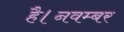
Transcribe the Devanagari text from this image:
है।नवम्बर